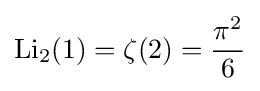
\operatorname {Li} _{2}(1)=\zeta (2)={\frac {{\pi }^{2}}{6}}